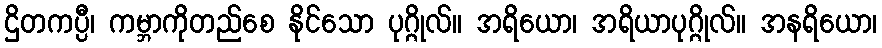
ဌိတကပ္ပီ၊ ကမ္ဘာကိုတည်စေ နိုင်သော ပုဂ္ဂိုလ်။ အရိယော၊ အရိယာပုဂ္ဂိုလ်။ အနရိယော၊